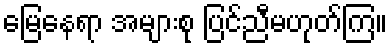
မြေနေရာ အများစု ပြင်ညီမဟုတ်ကြ။